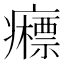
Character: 𰤉